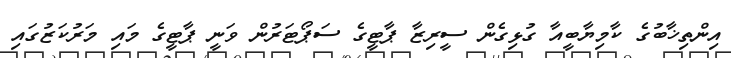
އިންތިޚާބުގެ ކާމިޔާބީއާ ގުޅިގެން ސީރިޒާ ޕާޓީގެ ސަޕޯޓަރުން ވަނީ ޕާޓީގެ މައި މަރުކަޒުގައި